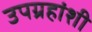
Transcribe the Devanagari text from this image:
उपग्रहांशी